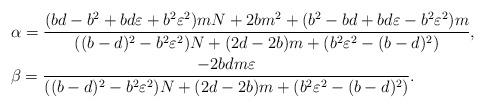
LaTeX: \begin{align*} & \alpha=\frac{(bd-b^2+bd\varepsilon+b^2\varepsilon^2)mN+2bm^2+(b^2-bd+bd\varepsilon-b^2\varepsilon^2)m}{((b-d)^2-b^2\varepsilon^2)N+(2d-2b)m+(b^2\varepsilon^2-(b-d)^2)}, \\ & \beta=\frac{-2bdm\varepsilon}{((b-d)^2-b^2\varepsilon^2)N+(2d-2b)m+(b^2\varepsilon^2-(b-d)^2)}.\end{align*}